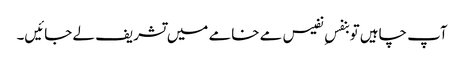
آپ چاہیں تو بنفسِ نفیس مے خامے میں تشریف لے جائیں۔